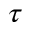
\tau